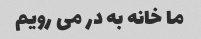
ما خانه به در می رویم